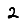
Digit: 2